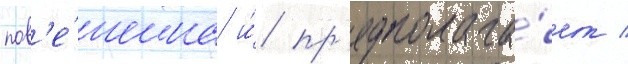
пов'е́шена и́ пр'едполага́ет /